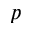
p